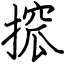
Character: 搲